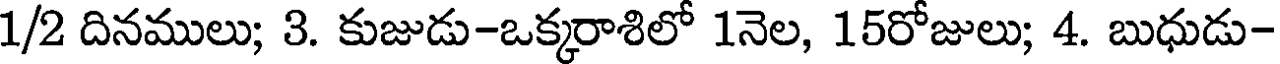
1/2 దినములు; 3. కుజుడు-ఒక్కరాశిలో 1నెల, 15రోజులు; 4. బుధుడు-